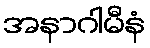
အနာဂါမီနံ